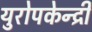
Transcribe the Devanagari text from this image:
युरोपकेन्द्री